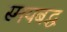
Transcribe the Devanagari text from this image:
स्मयबद्ध